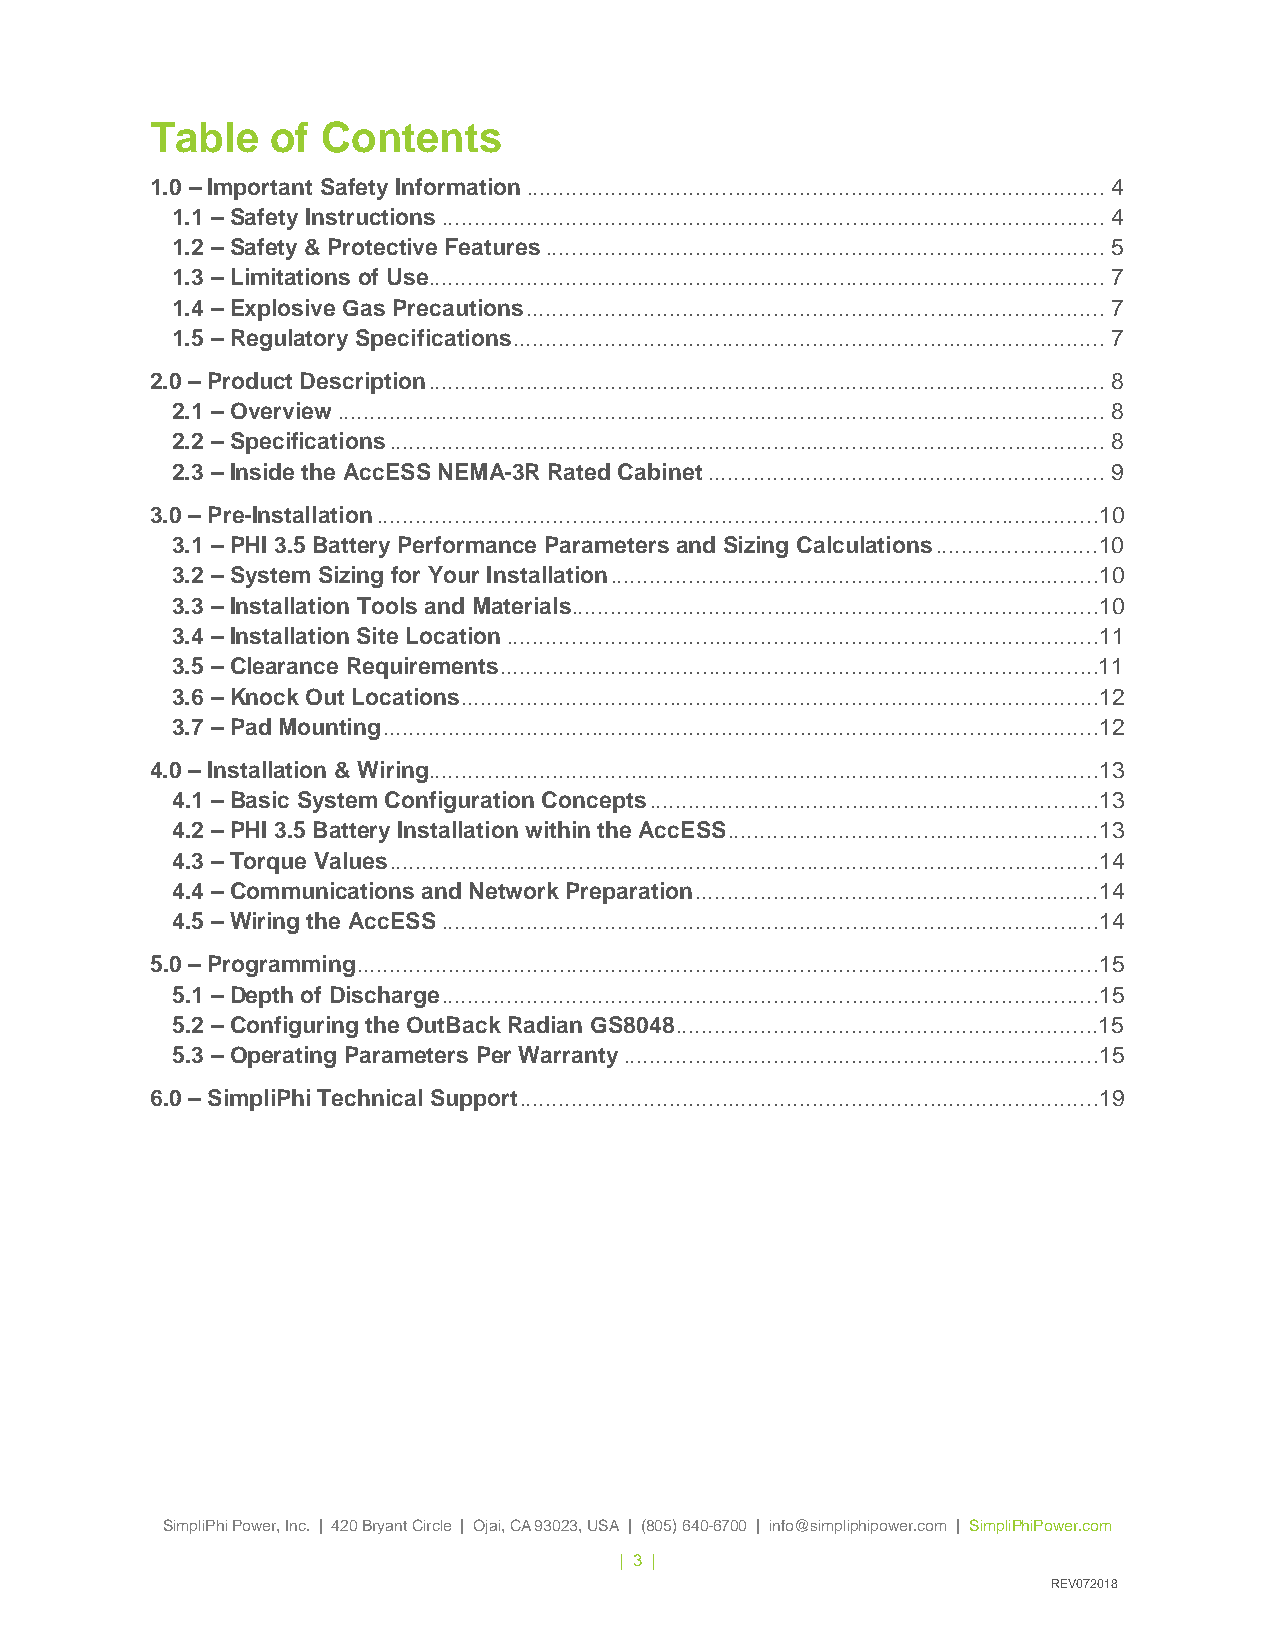
Table   of Contents
 1.0 – Important Safety Information ......................................................................................... 4
 1.1 – Safety Instructions ...................................................................................................... 4
 1.2 – Safety & Protective Features ...................................................................................... 5
 1.3 – Limitations of Use ........................................................................................................ 7
 1.4 – Explosive Gas Precautions ......................................................................................... 7
 1.5 – Regulatory Specifications ........................................................................................... 7
 2.0 – Product Description ........................................................................................................ 8
 2.1 – Overview ...................................................................................................................... 8
 2.2 – Specifications .............................................................................................................. 8
 2.3 – Inside the AccESS NEMA-3R Rated Cabinet ............................................................. 9
 3.0 – Pre-Installation ...............................................................................................................10
 3.1 – PHI 3.5 Battery Performance Parameters and Sizing Calculations .........................10
 3.2 – System Sizing for Your Installation ...........................................................................10
 3.3 – Installation Tools and Materials .................................................................................10
 3.4 – Installation Site Location ...........................................................................................11
 3.5 – Clearance Requirements ............................................................................................11
 3.6 – Knock Out Locations ..................................................................................................12
 3.7 – Pad Mounting ..............................................................................................................12
 4.0 – Installation & Wiring.......................................................................................................13
 4.1 – Basic System Configuration Concepts .....................................................................13
 4.2 – PHI 3.5 Battery Installation within the AccESS .........................................................13
 4.3 – Torque Values .............................................................................................................14
 4.4 – Communications and Network Preparation ..............................................................14
 4.5 – Wiring the AccESS .....................................................................................................14
 5.0 – Programming ..................................................................................................................15
 5.1 – Depth of Discharge .....................................................................................................15
 5.2 – Configuring the OutBack Radian GS8048 .................................................................15
 5.3 – Operating Parameters Per Warranty .........................................................................15
 6.0 – SimpliPhi Technical Support .........................................................................................19
 SimpliPhi Power, Inc. | 420 Bryant Circle | Ojai, CA 93023, USA | (805) 640-6700 | info@simpliphipower.com | SimpliPhiPower.com
 | 3 |
 REV072018